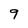
Character: 9